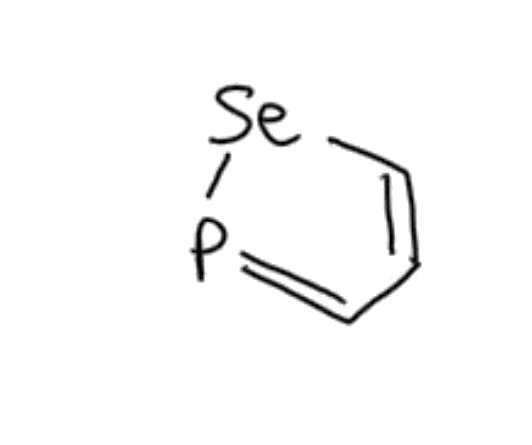
Simplified molecular-input line-entry system (SMILES) notation of the given molecule:
[2H][C@@]12C[C@](NN1C3=CC=CC=C3C2([2H])[2H])(C)C(=O)OCC